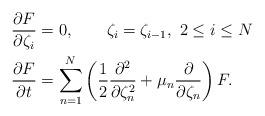
LaTeX: \begin{align*}\frac{\partial F}{\partial\zeta_i}&=0,\qquad \zeta_i=\zeta_{i-1},\ 2\leq i\leq N\\\frac{\partial F}{\partial{t}}&=\sum_{n=1}^N\left(\frac{1}{2}\frac{\partial^2}{\partial\zeta_n^2}+\mu_n\frac{\partial }{\partial\zeta_n}\right)F.\end{align*}